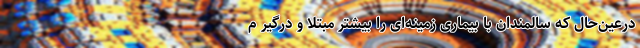
درعین‌حال که سالمندان با بیماری زمینه‌ای را بیشتر مبتلا و درگیر م